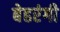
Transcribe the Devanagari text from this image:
बेहरंगी